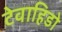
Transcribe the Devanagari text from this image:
टेवाहिडो